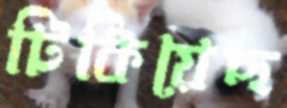
টিকিয়েছ